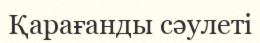
Қарағанды сәулеті